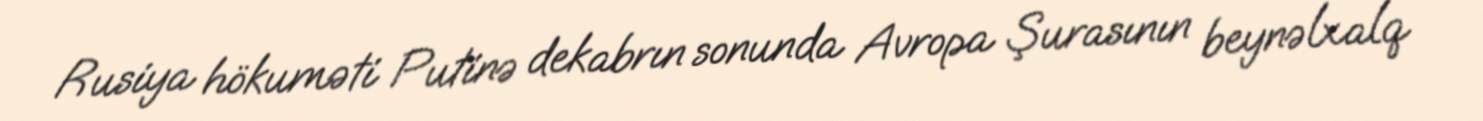
Rusiya hökuməti Putinə dekabrın sonunda Avropa Şurasının beynəlxalq